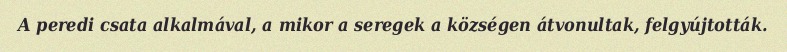
A peredi csata alkalmával, a mikor a seregek a községen átvonultak, felgyújtották.